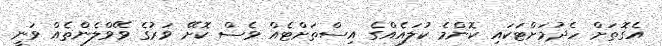
އެގޮތަށް ހެދުމަށްޓަކައި ކޮންމެ ކުލައެއްގެ އިސްތަށްޓެއް ވެސް ކޮށޭ ވަރުގެ ވޭވްލެންތެއް ވަނީ